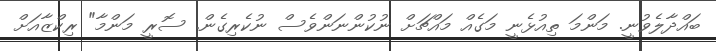
ބައްދާލެވުނީ. މަންމަ ތިއުޅެނީ މަގެއް މައްޗަށް ނުކުންނަންވެސް ނުކެރިގެން. ސޮރީ މަންމާ" ރިކްޒާއަށް